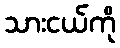
သားငယ်ကို